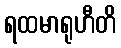
ရထမာရုဟီတိ